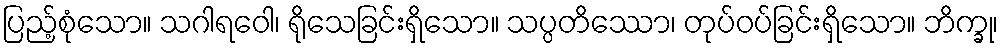
ပြည့်စုံသော။ သဂါရဝေါ၊ ရိုသေခြင်းရှိသော။ သပ္ပတိဿော၊ တုပ်ဝပ်ခြင်းရှိသော။ ဘိက္ခု၊